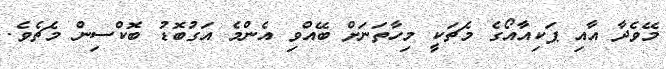
މޭވެދާ އާއި ޕަކިއާއޯގެ މެޗަކީ މިހާތަނަށް ބޭއްވި އެންމެ އަގުބޮޑު ބޮކްސިން މެޗެވެ.